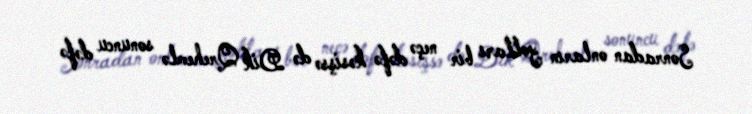
Sonradan onların yolları bir neçə dəfə kəsişsə də Dik Qrehemlə sonuncu dəfə